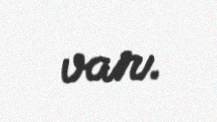
var.